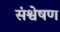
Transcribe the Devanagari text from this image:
संश्वेषण